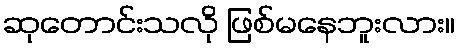
ဆုတောင်းသလို ဖြစ်မနေဘူးလား။